Rangoon Lunatic Asylum 1898-1906 - 1898-1906
Year: 1898
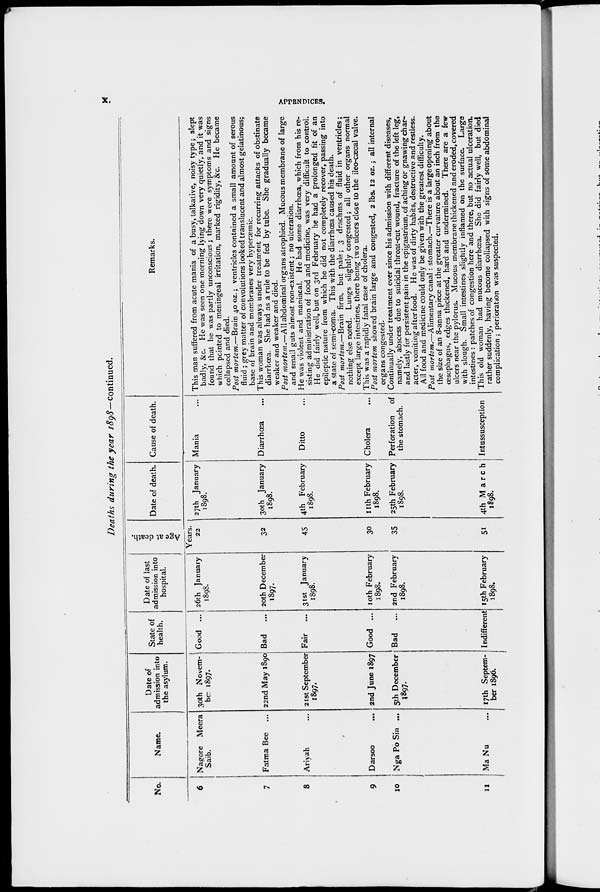
x.
APPENDICES.
Deaths during the year 1898—continued.
No.
6
7
8
9
10
11
Name.
Nagore Meera
Saib.
Fatma Bee ...
Ariyah ...
Darsoo ...
Nga Po Sin ...
Ma Nu
Date of
admission into
the asylum.
30th Novem-
ber 1897.
22nd May 1890
21st September
1897.
2nd June 1897
5th December
1897.
17th Septem-
ber 1896.
State of
health.
Good ...
Bad ...
Fair ...
Good ...
Bad
...
Indifferent
Date of last
admission into
hospital.
26th January
1898.
20th December
1897.
31st January
1898.
10th February
1898.
2nd February
1898.
15th February
1898.
Age at death.
Years.
22
32
45
30
35
51
Date of death.
27th January
1898.
30th January
1898.
4th February
1898.
11th February
1898.
25th February
1898.
4th March
1898.
Cause of death.
Mania ...
Diarrhœa ...
Ditto ...
Cholera ...
Perforation
of
the stomach.
Intussusception
Remarks.
This man suffered from acute mania of a busy, talkative, noisy type; slept
badly, &c. He was seen one morning lying down very quietly, and it was
found that he was partly unconscious; there were symptoms and signs
which pointed to meningeal irritation, marked rigidity, &c. He became
collapsed and died.
Post mortem.—Brain 40 oz.; ventricles contained a small amount of serous
fluid; grey matter of convolutions looked translucent and almost gelatinous;
base of brain and membranes very hyperæmic.
This woman was always under treatment for recurring attacks of obstinate
diarrhœa. She had as a rule to be fed by tube. She gradually became
weaker and weaker and died.
Post mortem.—All abdominal organs atrophied. Mucous membrane of large
and small guts almost non-existent; no ulceration.
He was violent and maniacal. He had some diarrhœa, which from his re-
sisting administration of food and medicine, was very difficult to control.
He did fairly well, but on 3rd February he had a prolonged fit of an
epileptic nature from which he did not completely recover, passing into
a state of semi-coma. This with the diarrhœa caused his death.
Post mortem.—Brain firm, but pale; 3 drachms of fluid in ventricles;
nothing else noted. Lungs slightly congested; all other organs normal
except large intestines, there being two ulcers close to the ileo-cæcal valve.
This was a rapidly fatal case of cholera.
Post mortem showed brain large and congested, 2 lbs. 12 oz.; all internal
organs congested.
Continually under treatment ever since his admission with different diseases,
namely, abscess due to suicidal throat-cut wound, fracture of the left leg,
and lastly for persistent pain in the epigastrium, of aching or gnawing char-
acter, vomiting after food. He was of dirty habits, destructive and restless.
All food and medicine could only be given with the greatest difficulty.
Post mortem.—Alimentary canal: stomach.—There is a large opening about
the size of an 8-anna piece at the greater curvature about an inch from the
œsophagus, edges thickened, hard and undermined.
There are a few
ulcers near the pylorus. Mucous membrane thickened and eroded, covered
with slough. Small intestines slightly inflamed on the surface. Large
intestines : patches of congestion here and there, but no actual ulceration.
This old woman had mucous diarrhœa. She did fairly well, but died
rather suddenly, having become collapsed with signs of some abdominal
complication ; perforation was suspected.